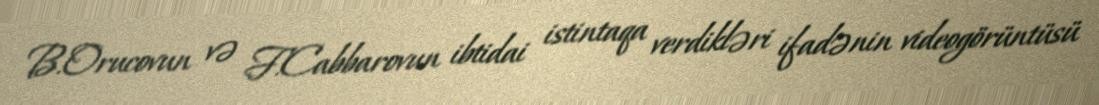
B.Orucovun və F.Cabbarovun ibtidai istintaqa verdikləri ifadənin videogörüntüsü